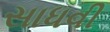
સાધવી